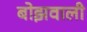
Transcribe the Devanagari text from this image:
बोझवाली